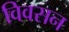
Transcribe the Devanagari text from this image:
विवसन